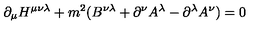
\partial _ { \mu } H ^ { \mu \nu \lambda } + m ^ { 2 } ( B ^ { \nu \lambda } + \partial ^ { \nu } A ^ { \lambda } - \partial ^ { \lambda } A ^ { \nu } ) = 0